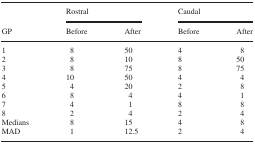
<table><thead><tr><td rowspan="2"><b>GP</b></td><td colspan="2"><b>Rostral</b></td><td colspan="2"><b>Caudal</b></td></tr><tr><td><b>Before</b></td><td><b>After</b></td><td><b>Before</b></td><td><b>After</b></td></tr></thead><tbody><tr><td>1</td><td>8</td><td>50</td><td>4</td><td>8</td></tr><tr><td>2</td><td>8</td><td>10</td><td>8</td><td>50</td></tr><tr><td>3</td><td>8</td><td>75</td><td>8</td><td>75</td></tr><tr><td>4</td><td>10</td><td>50</td><td>4</td><td>4</td></tr><tr><td>5</td><td>4</td><td>20</td><td>2</td><td>8</td></tr><tr><td>6</td><td>8</td><td>4</td><td>4</td><td>1</td></tr><tr><td>7</td><td>4</td><td>1</td><td>8</td><td>8</td></tr><tr><td>8</td><td>2</td><td>4</td><td>2</td><td>4</td></tr><tr><td>Medians</td><td>8</td><td>15</td><td>4</td><td>8</td></tr><tr><td>MAD</td><td>1</td><td>12.5</td><td>2</td><td>4</td></tr></tbody></table>